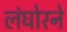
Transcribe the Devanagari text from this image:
लंघोरने